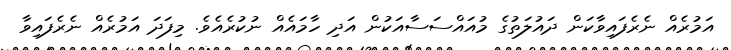
އަމުރެއް ނެރެފައިވާކަން ދައުލަތުގެ މުއައްސަސާއަކުން އަދި ހާމައެއް ނުކުރެއެވެ. މިފަދަ އަމުރެއް ނެރެފައިވާ